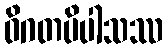
ဝိဂတပိပါသဿ